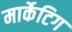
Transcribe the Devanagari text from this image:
मार्केटिग